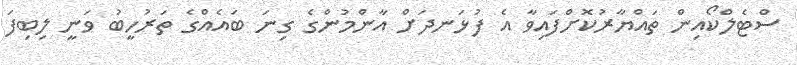
ސްޓެލްކޯއިން ތައްޔާރުކޮށްފައިވާ އެ ފުޅަނދަށް އާންމުންގެ ގިނަ ބައެއްގެ ތަރުހީބު ވަނީ ލިބިފަ